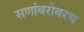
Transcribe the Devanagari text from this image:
सणांबरोबरच